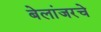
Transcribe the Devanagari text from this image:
बेलांजरचे